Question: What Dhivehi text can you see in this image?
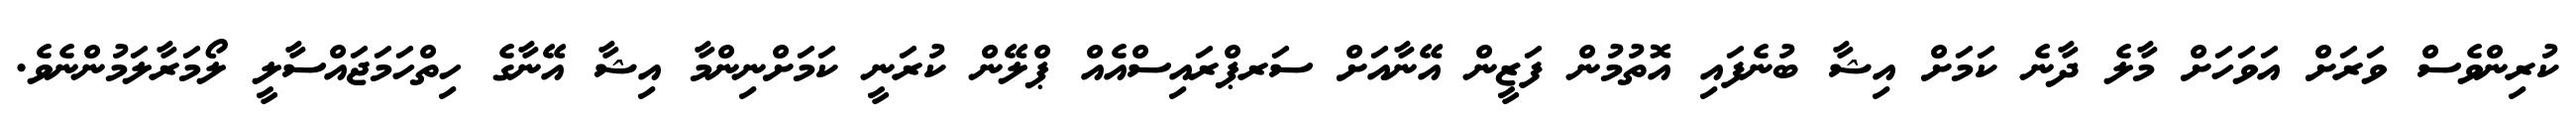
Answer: ކުރިންވެސް ވަރަށް އަވަހަށް މާލެ ދާނެ ކަމަށް އިޝާ ބުނެފައި އޮތުމުން ފަޒީން އޭނާއަށް ސަރޕްރައިސްއެއް ޕްލޭން ކުރަނީ ކަމަށްނިންމާ އިޝާ އޭނާގެ ހިތްހަމަޖައްސާލީ ލޯމަރާލަމުންނެވެ.